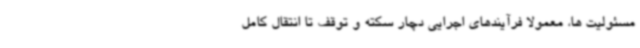
مسئولیت ها، معمولا فرآیندهای اجرایی دچار سکته و توقف تا انتقال کامل